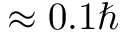
\approx 0 . 1 \hbar